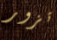
تزور